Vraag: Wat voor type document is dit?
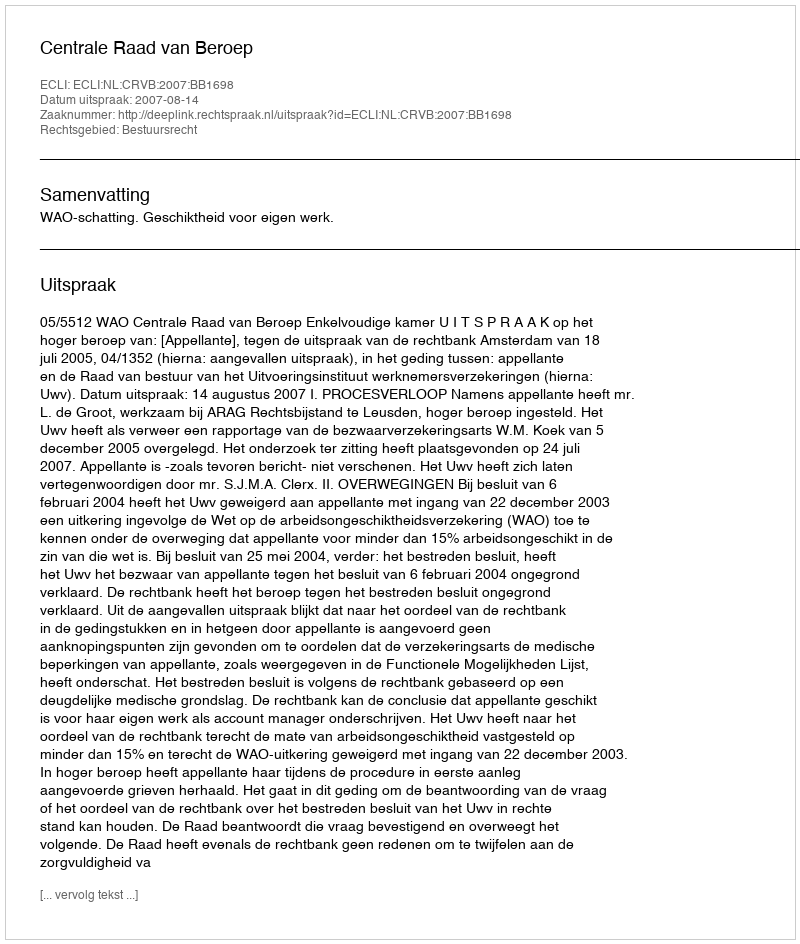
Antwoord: Uitspraak